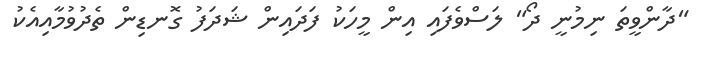
"ދާންވީތަ ނިމުނީ ދޯ" ލަސްވެފައި އިން މީހަކު ފަދައިން ޝަދަފު ގޮނޑިން ތެދުވުމާއިއެކު